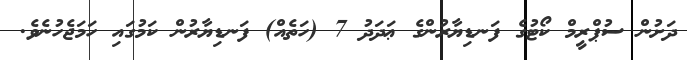
ދަށުން ސުޕްރީމް ކޯޓުގެ ފަނޑިޔާރުންގެ ޢަދަދު 7 (ހަތެއް) ފަނޑިޔާރުން ކަމުގައި ހަމަޖެހުނެވެ.